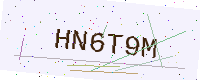
Text: HN6T9M